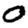
Digit: 0